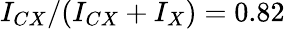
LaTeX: I_{CX}/(I_{CX}+I_{X})=0.82